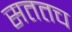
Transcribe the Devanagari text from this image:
सततच